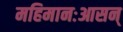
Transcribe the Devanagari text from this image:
महिमानःआसन्